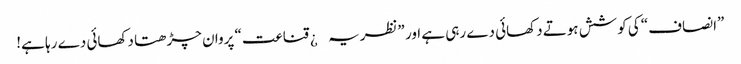
”انصاف“ کی کوشش ہوتے دکھائی دے رہی ہے اور ”نظریہ¿ قناعت“ پروان چڑھتا دکھائی دے رہا ہے!